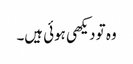
وہ تو دیکھی ہوئی ہیں۔